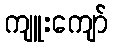
ကျူးကျော်